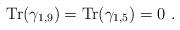
LaTeX: \begin{align*}{\mbox {Tr}} (\gamma_{1,9}) ={\mbox {Tr}} (\gamma_{1,5})=0~.\end{align*}